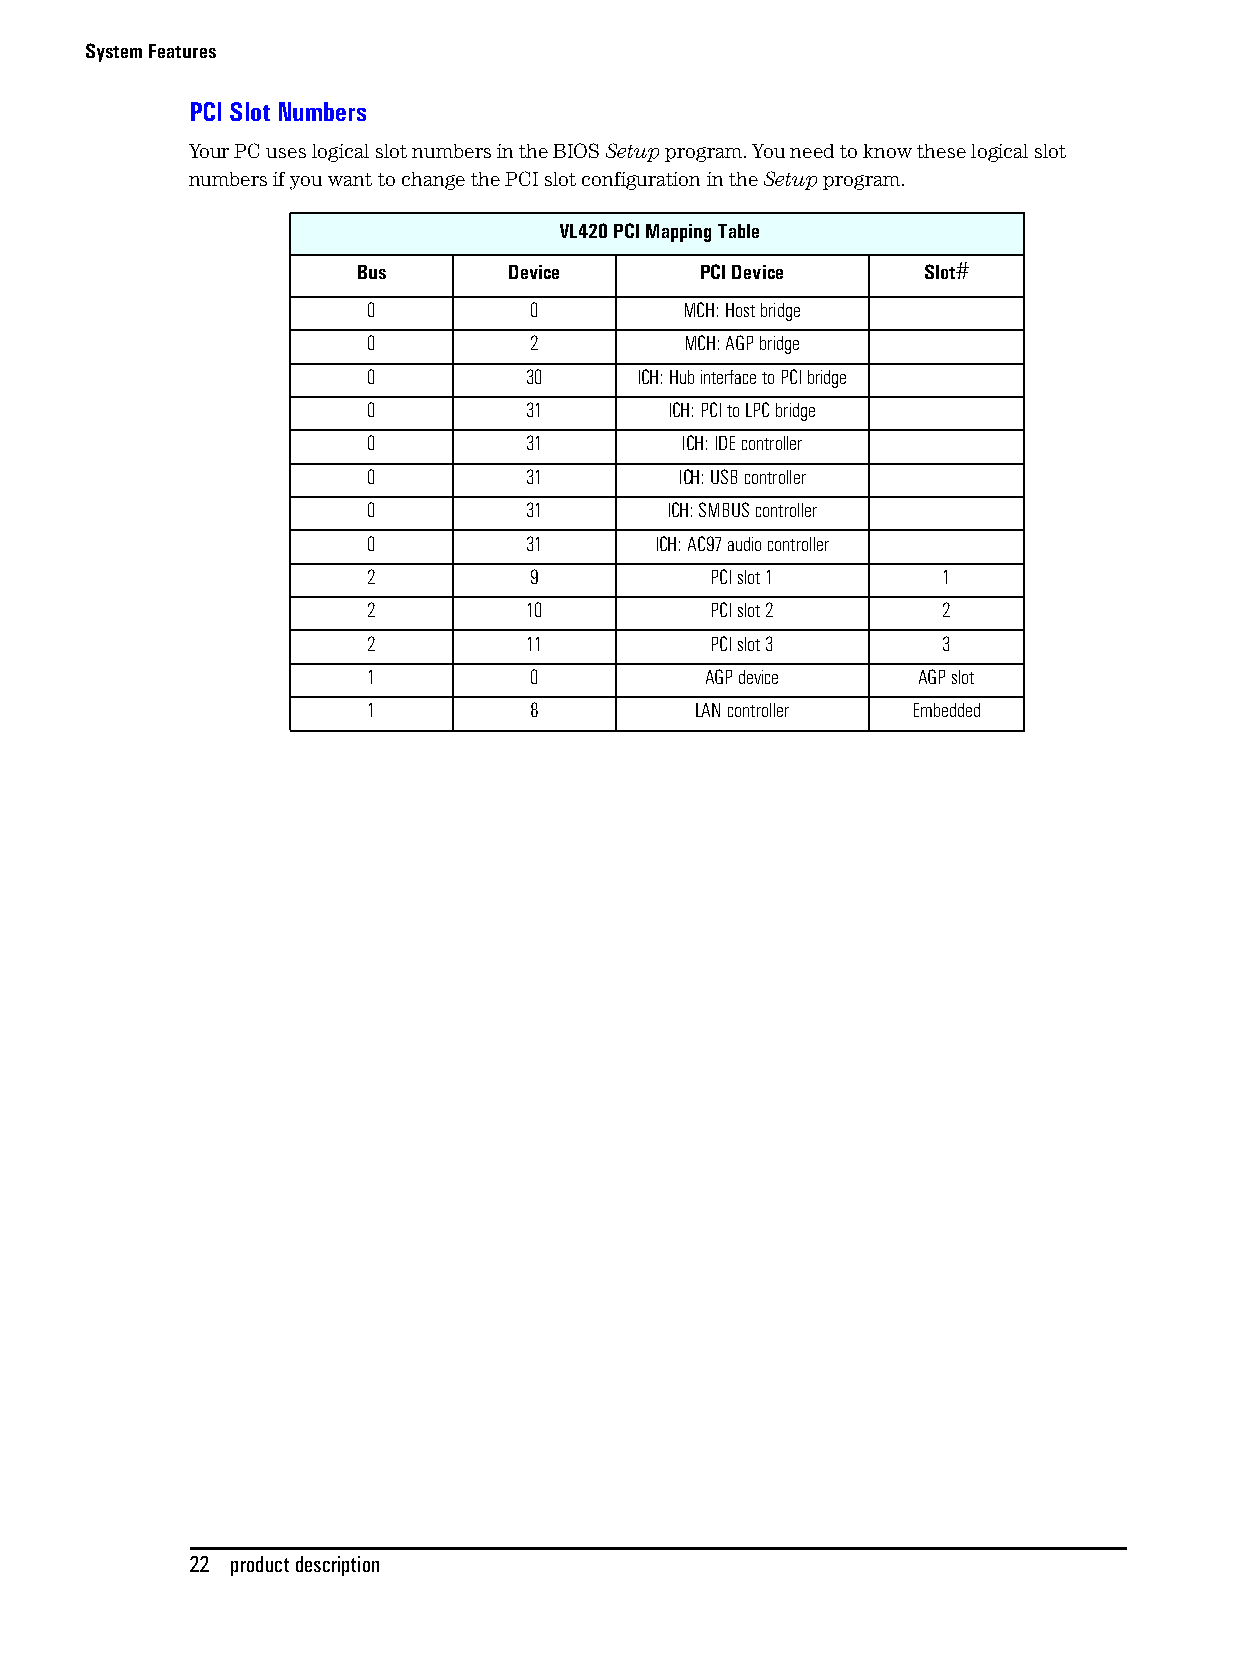
System Features
 PCI Slot Numbers
 Your PC uses logical slot numbers in the BIOS Setup program. You need to know these logical slot
 numbers if you want to change the PCI slot configuration in the Setup program.
 VL420 PCI Mapping Table
 Bus       Device      PCI Device     Slot#
 0          0         MCH: Host bridge
 0          2         MCH: AGP bridge
 0          30     ICH: Hub interface to PCI bridge
 0          31       ICH: PCI to LPC bridge
 0          31        ICH: IDE controller
 0          31        ICH: USB controller
 0          31       ICH: SMBUS controller
 0          31      ICH: AC97 audio controller
 2          9           PCI slot 1     1
 2          10          PCI slot 2     2
 2          11          PCI slot 3     3
 1          0           AGP device    AGP slot
 1          8          LAN controller Embedded
 22 product description